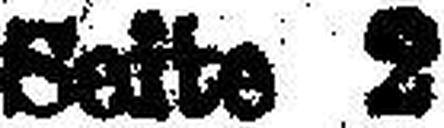
Bette 2